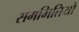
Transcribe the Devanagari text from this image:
सममितियों